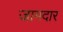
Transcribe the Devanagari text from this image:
जामदार